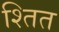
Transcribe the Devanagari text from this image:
श्तित